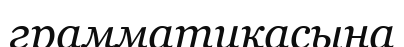
грамматикасына